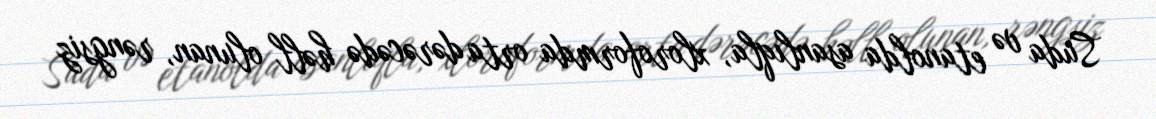
Suda və etanolda asanlıqla, xloroformda orta dərəcədə həll olunan, rəngsiz